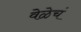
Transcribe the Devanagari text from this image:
वेळेचं